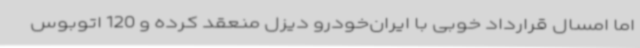
اما امسال قرارداد خوبی با ایران‌خودرو دیزل منعقد کرده و 120 اتوبوس